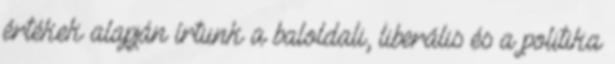
értékek alapján írtunk a baloldali, liberális és a politika